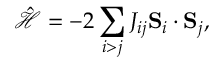
\hat { \mathcal { H } } = - 2 \sum _ { i > j } J _ { i j } \mathbf { S } _ { i } \cdot \mathbf { S } _ { j } ,